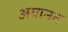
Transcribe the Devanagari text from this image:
अयानत